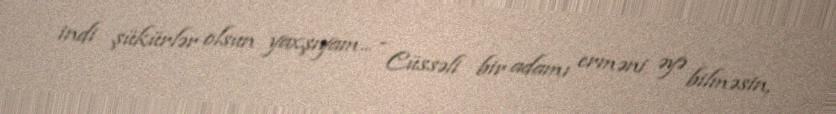
indi şükürlər olsun yaxşıyam... - Cüssəli bir adamı erməni əyə bilməsin,